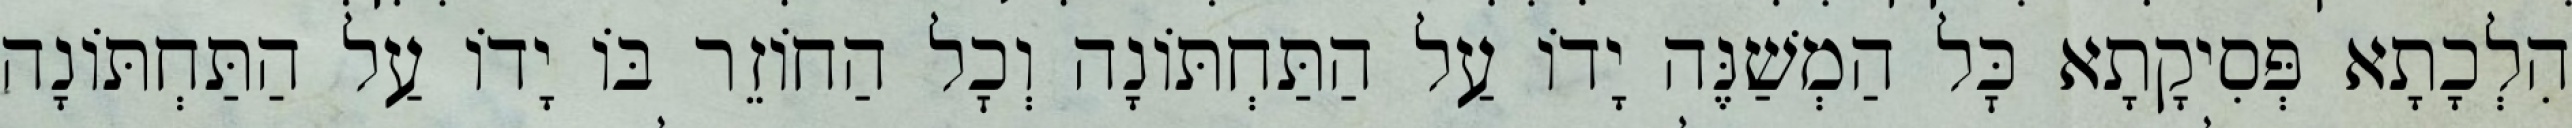
הִלְכָתָא פְּסִיקָתָא כׇּל הַמְשַׁנֶּה יָדוֹ עַל הַתַּחְתּוֹנָה וְכׇל הַחוֹזֵר בּוֹ יָדוֹ עַל הַתַּחְתּוֹנָה